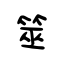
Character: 筮